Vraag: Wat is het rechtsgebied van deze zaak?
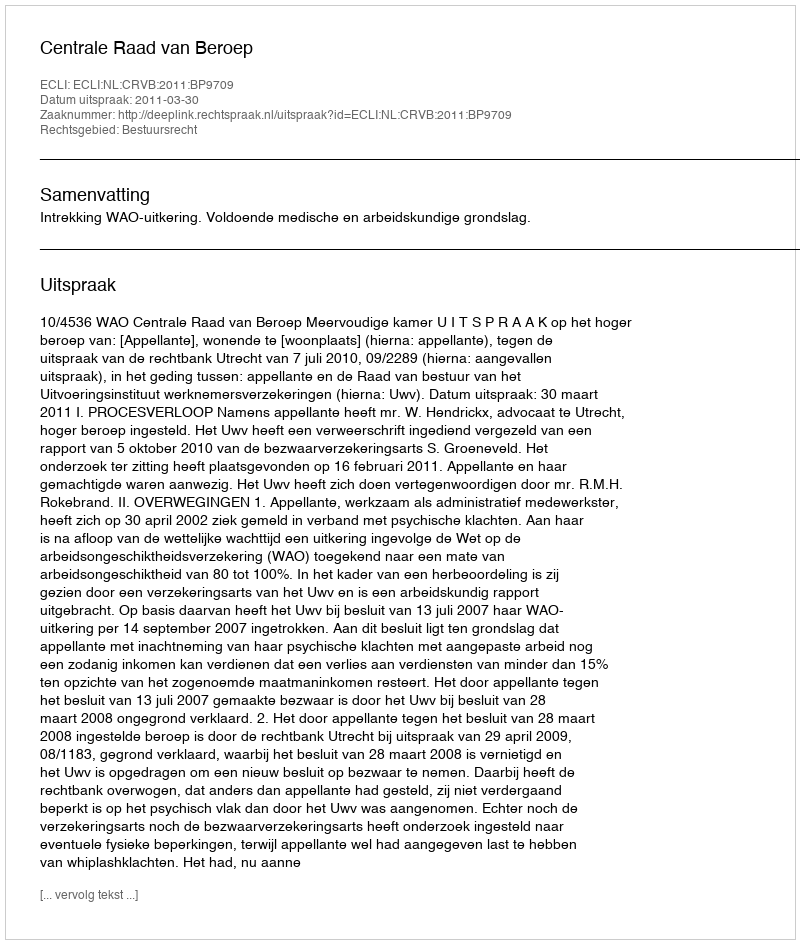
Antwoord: Bestuursrecht